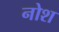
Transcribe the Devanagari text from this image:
नोश